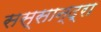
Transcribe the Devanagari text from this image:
सस्सान्द्रा